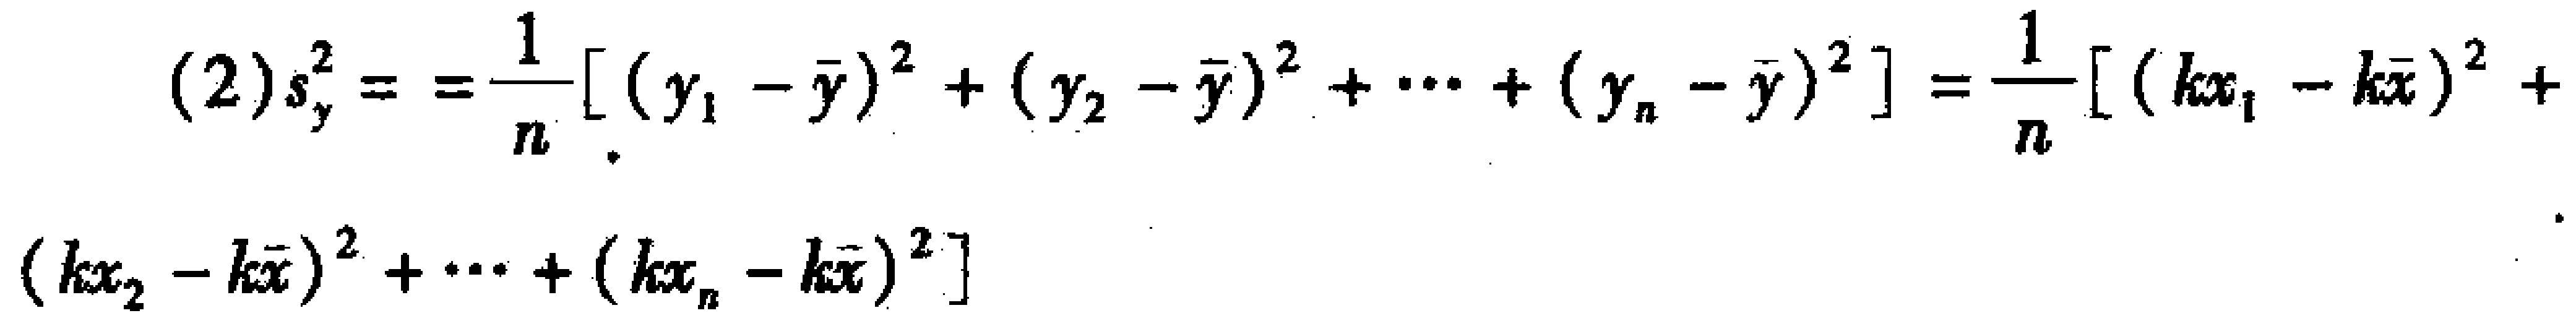
\[

(2)s_y^2==\frac{1}{n}[(y_1 - \overline{y})^2+(y_2 - \overline{y})^2+\cdots+(y_n - \overline{y})^2]=\frac{1}{n}[(kx_1 - k\overline{x})^2+(kx_2 - k\overline{x})^2+\cdots+(kx_n - k\overline{x})^2]

\]